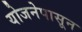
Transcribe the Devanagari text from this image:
योजनेपासून